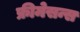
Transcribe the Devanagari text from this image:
फ्रीमेसन्स